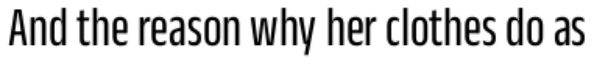
And the reason why her clothes do as